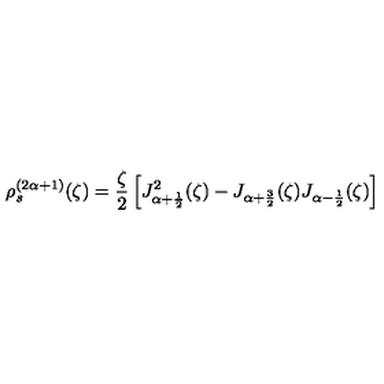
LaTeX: \rho _ { s } ^ { ( 2 \alpha + 1 ) } ( \zeta ) = \frac { \zeta } { 2 } \left[ J _ { \alpha + \frac { 1 } { 2 } } ^ { 2 } ( \zeta ) - J _ { \alpha + \frac { 3 } { 2 } } ( \zeta ) J _ { \alpha - \frac { 1 } { 2 } } ( \zeta ) \right]